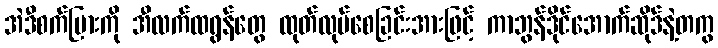
အဲဒီစက်ပြားကို အီလက်ထရွန်တွေ ထုတ်လုပ်စေခြင်းအားဖြင့် ကာဘွန်ဒိုင်အောက်ဆိုဒ်နဲ့တကွ